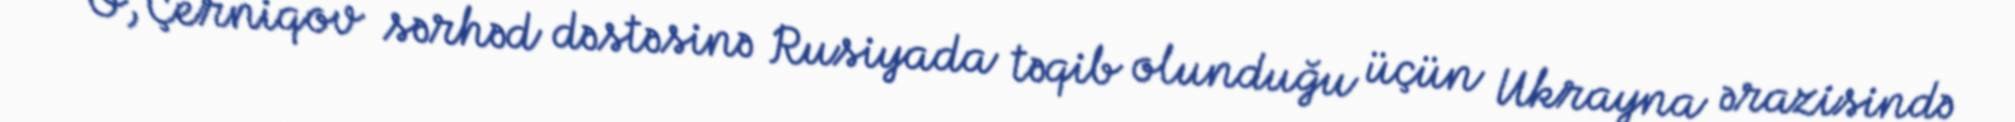
“O, Çerniqov sərhəd dəstəsinə Rusiyada təqib olunduğu üçün Ukrayna ərazisində